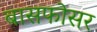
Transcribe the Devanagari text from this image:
बासफोसर